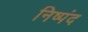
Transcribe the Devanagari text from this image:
निष्पंद